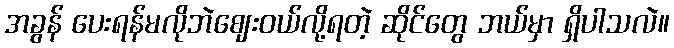
အခွန် ပေးရန်မလိုဘဲဈေးဝယ်လို့ရတဲ့ ဆိုင်တွေ ဘယ်မှာ ရှိပါသလဲ။